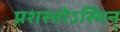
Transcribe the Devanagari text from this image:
प्रशस्तोऽस्मिन्